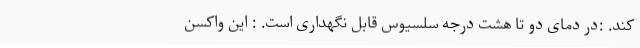
کند. :در دمای دو تا هشت درجه سلسیوس قابل نگهداری است. : این واکسن